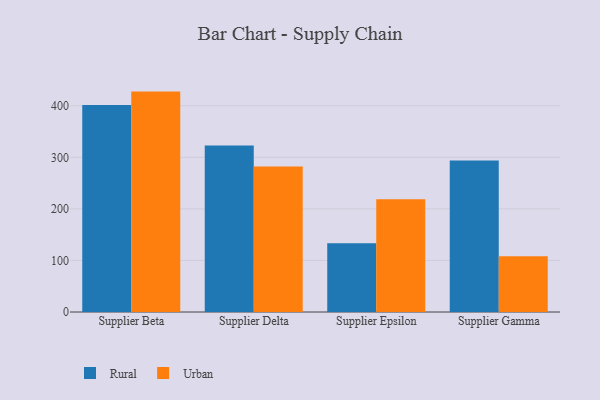
{"axis": {"x": "Supplier", "y": "Operating Costs (USD K)"}, "legend": ["Rural", "Urban"], "data": [{"x": "Supplier Beta", "y": 401.2, "type": "Rural"}, {"x": "Supplier Beta", "y": 427.4, "type": "Urban"}, {"x": "Supplier Delta", "y": 322.7, "type": "Rural"}, {"x": "Supplier Delta", "y": 282.3, "type": "Urban"}, {"x": "Supplier Epsilon", "y": 133.1, "type": "Rural"}, {"x": "Supplier Epsilon", "y": 218.8, "type": "Urban"}, {"x": "Supplier Gamma", "y": 293.7, "type": "Rural"}, {"x": "Supplier Gamma", "y": 108.3, "type": "Urban"}]}